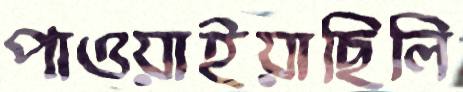
পাওয়াইয়াছিলি